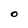
Character: O